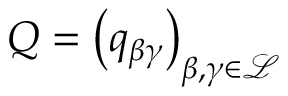
Q = \left( q _ { \beta \gamma } \right) _ { \beta , \gamma \in \mathcal { L } }